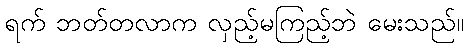
ရက် ဘတ်တလာက လှည့်မကြည့်ဘဲ မေးသည်။